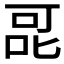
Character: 𭇷